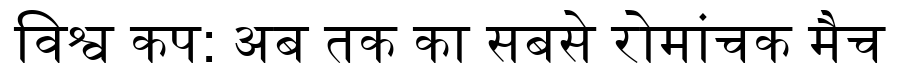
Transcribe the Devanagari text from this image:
विश्व कप: अब तक का सबसे रोमांचक मैच